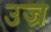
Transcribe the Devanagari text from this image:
उज्र